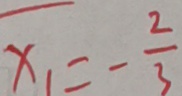
x _ { 1 } = - \frac { 2 } { 3 }